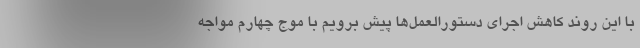
با این روند کاهش اجرای دستورالعمل‌ها پیش برویم با موج چهارم مواجه